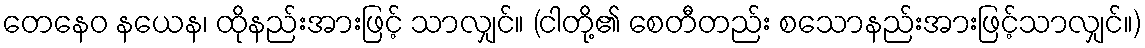
တေနေဝ နယေန၊ ထိုနည်းအားဖြင့် သာလျှင်။ (ငါတို့၏ စေတီတည်း စသောနည်းအားဖြင့်သာလျှင်။)